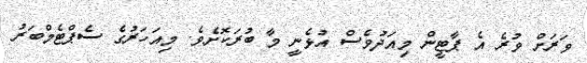
ވަރަށް ވުރެ އެ ޕާޓީން މިއަދުވެސް އުޅެނީ މާ ބުރަކޮށެވެ. މިއަހަރުގެ ސެޕްޓެމްބަރު